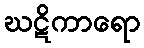
ဃဋိကာရော